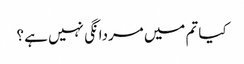
کیا تم میں مردانگی نہیں ہے ؟